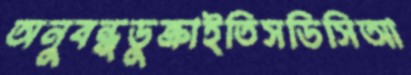
অনুবন্ধডুক্‌রাইতিসডিসিআ